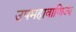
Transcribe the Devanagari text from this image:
उपमहावाणिज्य